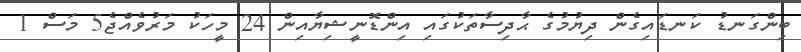
ބިންގަނޑު ކަނޑައިގެން ދިޔުމުގެ ޙާދިސާތަކުގައި އިންޑޮނީޝިޔާއިން 24 މީހަކު މަރުވެއްޖެ5 މަސް 1